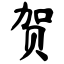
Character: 贺